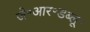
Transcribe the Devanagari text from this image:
जे॰आर॰डब्लू॰